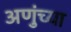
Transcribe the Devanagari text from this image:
अणुंच्या